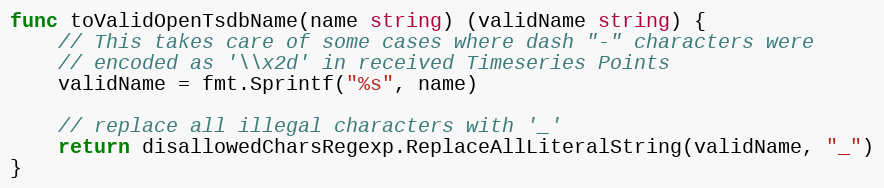
Language: Go
func toValidOpenTsdbName(name string) (validName string) {
	// This takes care of some cases where dash "-" characters were
	// encoded as '\\x2d' in received Timeseries Points
	validName = fmt.Sprintf("%s", name)

	// replace all illegal characters with '_'
	return disallowedCharsRegexp.ReplaceAllLiteralString(validName, "_")
}